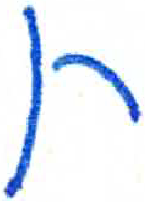
אות: ת